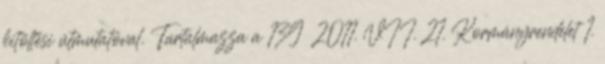
kitöltési útmutatóval. Tartalmazza a 139 2011. VII. 21. Kormányrendelet 1.